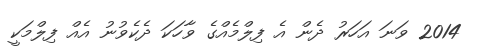
2014 ވަނަ އަހަރު ދެން އެ ފިލްމެއްގެ ވާހަަކަ ދެކެވުނު އެއް ފިލްމަކީ